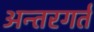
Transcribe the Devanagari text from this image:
अन्तरगर्त